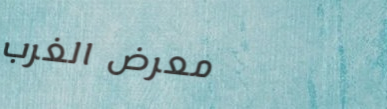
معرض الغرب